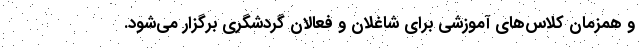
و همزمان کلاس‌های آموزشی برای شاغلان و فعالان گردشگری برگزار می‌شود.